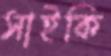
সাইকি